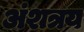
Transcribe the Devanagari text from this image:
अंशत्रय